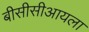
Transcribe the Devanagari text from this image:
बीसीसीआयला